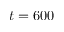
t = 6 0 0